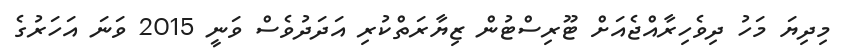
މިދިޔަ މަހު ދިވެހިރާއްޖެއަށް ޓޫރިސްޓުން ޒިޔާރަތްކުރި އަދަދުވެސް ވަނީ 2015 ވަނަ އަހަރުގެ